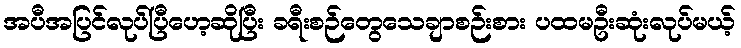
အပီအပြင်လုပ်ပြီဟေ့ဆိုပြီး ခရီးစဉ်တွေသေချာစဉ်းစား ပထမဦးဆုံးလုပ်မယ့်